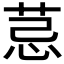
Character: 𦮼